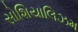
સોશિયાલિઝમ